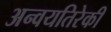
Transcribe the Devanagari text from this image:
अन्वयतिरेकी